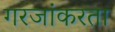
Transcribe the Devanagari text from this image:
गरजांकरता